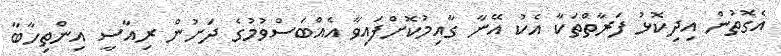
އެގޮތުން އިދިކޮޅު ފަރާތްތަކާ އެކު އޭނާ ގާއިމުކޮށްފައިވާ އެއްބަސްވުމުގެ ދަށުން ރިއާސީ އިންތިހާބާ